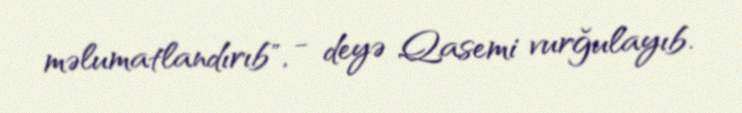
məlumatlandırıb", - deyə Qasemi vurğulayıb.